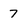
Character: 7